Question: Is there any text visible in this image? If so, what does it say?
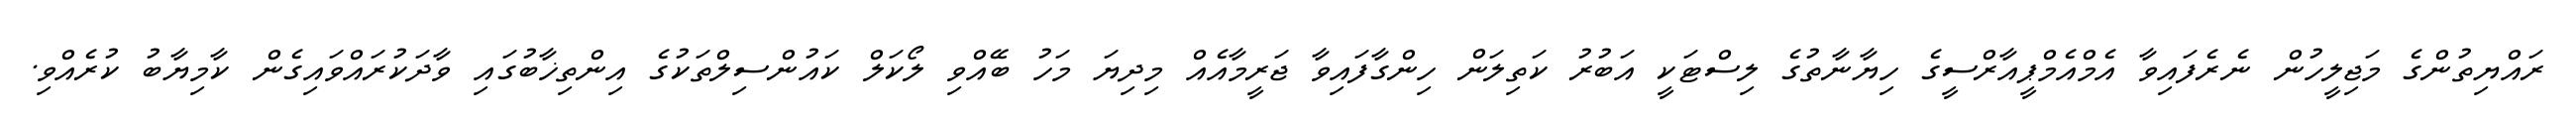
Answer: ރައްޔިތުންގެ މަޖިލީހުން ނެރެފައިވާ އެމްއެމްޕީއާރްސީގެ ހިޔާނާތުގެ ލިސްޓަކީ އަބުރު ކަތިލަން ހިންގާފައިވާ ޖަރީމާއެއް މިދިޔަ މަހު ބޭއްވި ލޯކަލް ކައުންސިލްތަކުގެ އިންތިޚާބުގައި ވާދަކުރައްވައިގެން ކާމިޔާބު ކުރެއްވި.